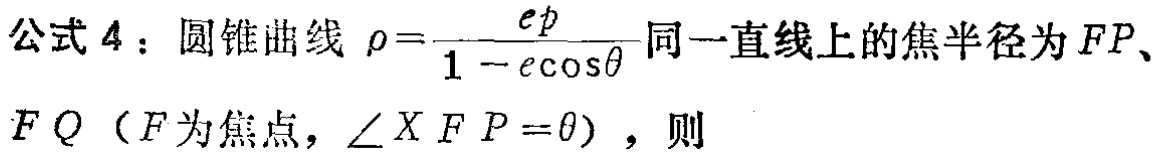
公式 4：圆锥曲线 $\rho=\frac{ep}{1 - e\cos\theta}$ 同一直线上的焦半径为 $FP$、$FQ$（$F$ 为焦点，$\angle XFP = \theta$），则